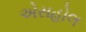
એસહોલ